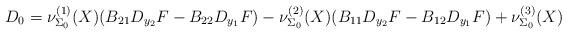
LaTeX: \begin{align*}D_0 &= \nu_{\Sigma_0}^{(1)}(X) ( B_{21} D_{y_2}F - B_{22} D_{y_1}F ) - \nu_{\Sigma_0}^{(2)}(X) (B_{11} D_{y_2}F - B_{12} D_{y_1} F)+ \nu_{\Sigma_0}^{(3)}(X)\end{align*}